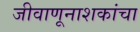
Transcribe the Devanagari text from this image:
जीवाणूनाशकांचा